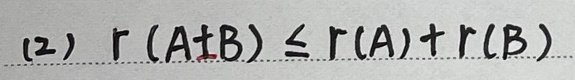
(2) \(r(A + B) \leq r(A) + r(B)\)